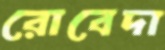
রোবেদা